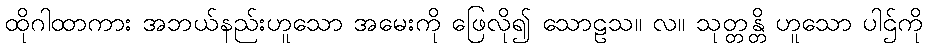
ထိုဂါထာကား အဘယ်နည်းဟူသော အမေးကို ဖြေလို၍ သောဠသ။ လ။ သုတ္တန္တိ ဟူသော ပါဌ်ကို